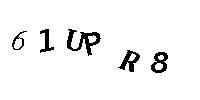
61UPR8